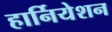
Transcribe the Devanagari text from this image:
हार्नियेशन